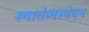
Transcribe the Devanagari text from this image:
स्वातंत्र्यस्पंदन